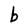
Character: b